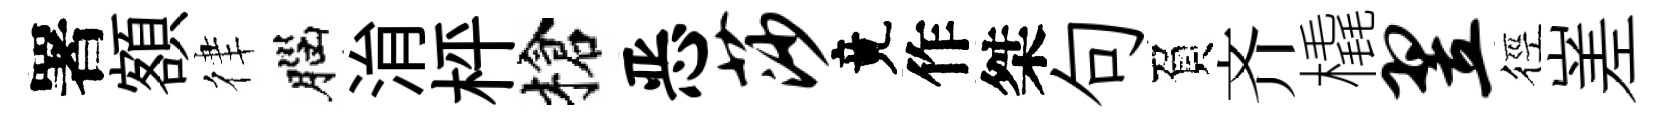
署額律腦㳙枰槍恶莎竟作桀句負齐橇翌徑嵳